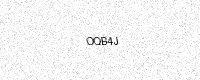
Text: OQB4J